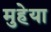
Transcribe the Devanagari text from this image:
मुहेया